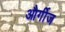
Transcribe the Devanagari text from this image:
और्गीज